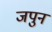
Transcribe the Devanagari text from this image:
जपुन